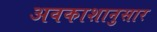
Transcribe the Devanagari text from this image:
अवकाशानुसार